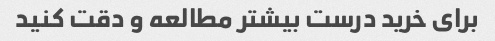
برای خرید درست بیشتر مطالعه و دقت کنید